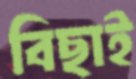
বিছাই